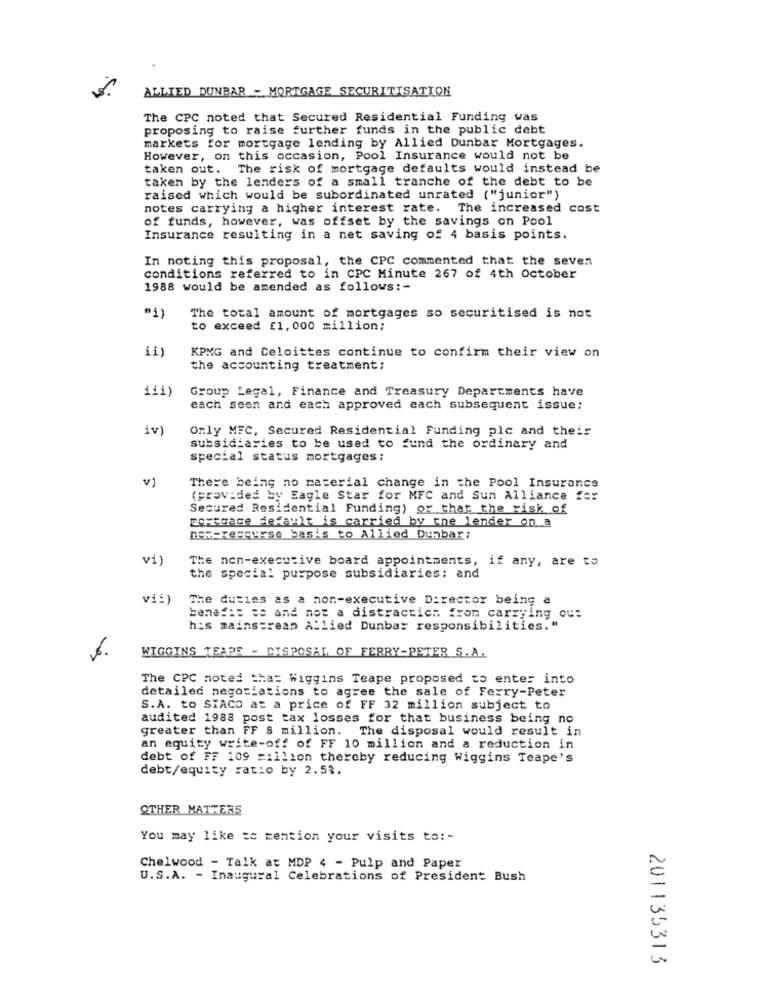
ALLIED DUNBAR - MORTGAGE SECURITISATION
The CPC noted that Secured Residential Funding was
proposing to raise further funds in the public debt
markets for mortgage lending by Allied Dunbar Mortgages.
However, on this occasion, Pool Insurance would not be
taken out. The risk of mortgage defaults would instead be
taken by the lenders of a small tranche of the debt to be
raised which would be subordinated unrated ("junior")
notes carrying a higher interest rate. The increased cost
of funds, however, was offset by the savings on Pool
Insurance resulting in a net saving of 4 basis points.
In noting this proposal, the CPC commented that the seven
conditions referred to in CPC Minute 267 of 4th October
1988 would be amended as follows :-
The total amount of mortgages so securitised is not
to exceed £1, 000 million;
ii)
KPMG and Deloittes continue to confirm their view on
the accounting treatment;
111)
Group Legal, Finance and Treasury Departments have
each seen and each approved each subsequent issue;
iv)
Only MFC, Secured Residential Funding plc and their
subsidiaries to be used to fund the ordinary and
special status mortgages ;
v)
There being no material change in the Pool Insurance
(provided by Eagle Star for MFC and Sun Alliance for
Secured Residential Funding) or that the risk of
Corteace default is carried by the lender on a
DR=reaguurse bas's to Allied Dunbar;
vi)
The non-executive board appointments, if any, are to
the special purpose subsidiaries: and
vi:)
The duties as a non-executive Director being a
benefit te and not a distraction fron carrying out
h's mainstream Allied Dunbar responsibilities."
WIGGINS TEAPS - DISPOSAL OF FERRY-PETER S.A.
The CPC noted that Wiggins Teape proposed to enter into
detailed negotiations to agree the sale of Ferry-Peter
S.A. to SIACO at a price of FF 32 million subject to
audited 1988 post tax losses for that business being no
greater than FF 8 million. The disposal would result in
an equity write-off of FF 10 million and a reduction in
debt of FF 109 =illion thereby reducing Wiggins Teape's
debt/equity ratio by 2.5%.
OTHER MATTERS
You may like to mention your visits to: -
Chelwood - Talk at MDP 4 - Pulp and Paper
U.S.A. - Inaugural Celebrations of President Bush
201135313